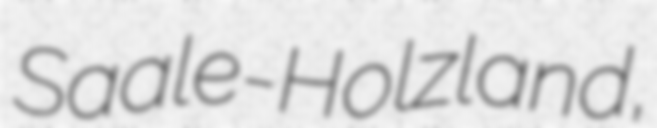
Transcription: Saale-Holzland,